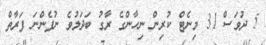
5 ދުވަސް 31 މިނެޓް ކުރިން ނިހާންގެ ރާގު ބަދަލުވެ ނުފެންނަ ފަރާތް